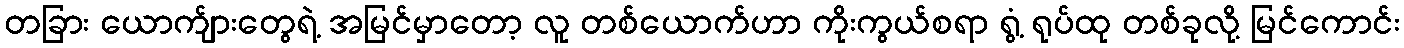
တခြား ယောက်ျားတွေရဲ့ အမြင်မှာတော့ လူ တစ်ယောက်ဟာ ကိုးကွယ်စရာ ရွံ့ ရုပ်ထု တစ်ခုလို့ မြင်ကောင်း